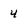
Character: 4